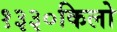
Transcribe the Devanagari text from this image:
१३३०किलो